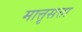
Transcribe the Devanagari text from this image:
मात्तृसत्ता